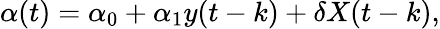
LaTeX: \alpha(t)=\alpha_{0}+\alpha_{1}y(t-k)+\delta X(t-k),